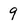
Character: 9